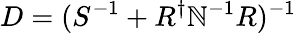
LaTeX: D=(S^{-1}+R^{\dagger}\mathbb{N}^{-1}R)^{-1}